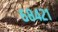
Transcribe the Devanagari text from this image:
६८४२१